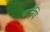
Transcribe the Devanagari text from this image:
कांपि